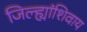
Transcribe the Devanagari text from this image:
जिल्ह्यांशिवाय